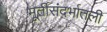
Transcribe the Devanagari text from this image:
मूर्तीसंदर्भातली